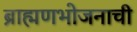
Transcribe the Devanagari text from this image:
ब्राह्मणभोजनाची